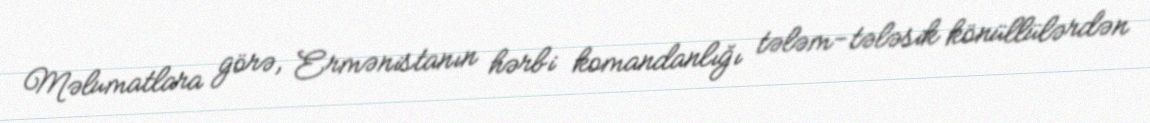
Məlumatlara görə, Ermənistanın hərbi komandanlığı tələm-tələsik könüllülərdən